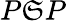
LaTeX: P\mathfrak{S}P